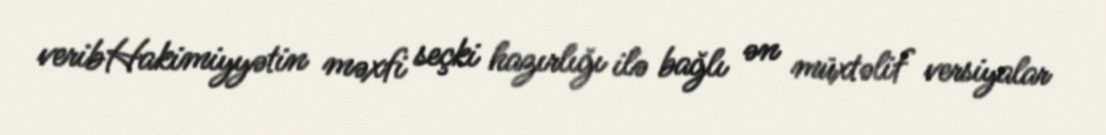
veribHakimiyyətin məxfi seçki hazırlığı ilə bağlı ən müxtəlif versiyalar